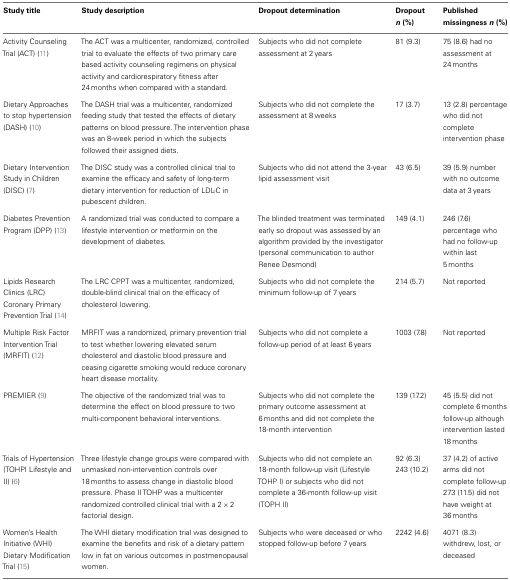
<table><thead><tr><td><b>Study title</b></td><td><b>Study description</b></td><td><b>Dropout determination</b></td><td><b>Dropout <i>n</i> (%)</b></td><td><b>Published missingness <i>n</i> (%)</b></td></tr></thead><tbody><tr><td>Activity Counseling Trial (ACT) (11)</td><td>The ACT was a multicenter, randomized, controlled trial to evaluate the effects of two primary care based activity counseling regimens on physical activity and cardiorespiratory fitness after 24 months when compared with a standard.</td><td>Subjects who did not complete assessment at 2 years</td><td>81 (9.3)</td><td>75 (8.6) had no assessment at 24 months</td></tr><tr><td>Dietary Approaches to stop hypertension (DASH) (10)</td><td>The DASH trial was a multicenter, randomized feeding study that tested the effects of dietary patterns on blood pressure. The intervention phase was an 8-week period in which the subjects followed their assigned diets.</td><td>Subjects who did not complete the assessment at 8 weeks</td><td>17 (3.7)</td><td>13 (2.8) percentage who did not complete intervention phase</td></tr><tr><td>Dietary Intervention Study in Children (DISC) (7)</td><td>The DISC study was a controlled clinical trial to examine the efficacy and safety of long-term dietary intervention for reduction of LDL-C in pubescent children.</td><td>Subjects who did not attend the 3-year lipid assessment visit</td><td>43 (6.5)</td><td>39 (5.9) number with no outcome data at 3 years</td></tr><tr><td>Diabetes Prevention Program (DPP) (13)</td><td>A randomized trial was conducted to compare a lifestyle intervention or metformin on the development of diabetes.</td><td>The blinded treatment was terminated early so dropout was assessed by an algorithm provided by the investigator (personal communication to author Renee Desmond)</td><td>149 (4.1)</td><td>246 (7.6) percentage who had no follow-up within last 5 months</td></tr><tr><td>Lipids Research Clinics (LRC) Coronary Primary Prevention Trial (14)</td><td>The LRC CPPT was a multicenter, randomized, double-blind clinical trial on the efficacy of cholesterol lowering.</td><td>Subjects who did not complete the minimum follow-up of 7 years</td><td>214 (5.7)</td><td>Not reported</td></tr><tr><td>Multiple Risk Factor Intervention Trial (MRFIT) (12)</td><td>MRFIT was a randomized, primary prevention trial to test whether lowering elevated serum cholesterol and diastolic blood pressure and ceasing cigarette smoking would reduce coronary heart disease mortality.</td><td>Subjects who did not complete a follow-up period of at least 6 years</td><td>1003 (7.8)</td><td>Not reported</td></tr><tr><td>PREMIER (9)</td><td>The objective of the randomized trial was to determine the effect on blood pressure to two multi-component behavioral interventions.</td><td>Subjects who did not complete the primary outcome assessment at 6 months and did not complete the 18-month intervention</td><td>139 (17.2)</td><td>45 (5.5) did not complete 6 months follow-up although intervention lasted 18 months</td></tr><tr><td>Trials of Hypertension (TOHPI Lifestyle and II) (6)</td><td>Three lifestyle change groups were compared with unmasked non-intervention controls over 18 months to assess change in diastolic blood pressure. Phase II TOHP was a multicenter randomized controlled clinical trial with a 2 × 2 factorial design.</td><td>Subjects who did not complete an 18-month follow-up visit (Lifestyle TOHP I) or subjects who did not complete a 36-month follow-up visit (TOPH II)</td><td>92 (6.3) 243 (10.2)</td><td>37 (4.2) of active arms did not complete follow-up 273 (11.5) did not have weight at 36 months</td></tr><tr><td>Women’s Health Initiative (WHI) Dietary Modification Trial (15)</td><td>The WHI dietary modification trial was designed to examine the benefits and risk of a dietary pattern low in fat on various outcomes in postmenopausal women.</td><td>Subjects who were deceased or who stopped follow-up before 7 years</td><td>2242 (4.6)</td><td>4071 (8.3) withdrew, lost, or deceased</td></tr></tbody></table>